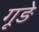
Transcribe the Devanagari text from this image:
गूड़े